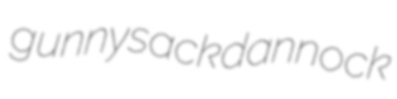
gunnysack dannock